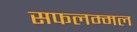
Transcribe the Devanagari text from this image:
सफलम्मल